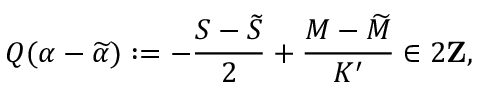
Q ( \alpha - \widetilde { \alpha } ) : = - \frac { S - \widetilde { S } } { 2 } + \frac { M - \widetilde { M } } { K ^ { \prime } } \in 2 { \bf Z } ,